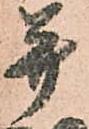
并